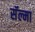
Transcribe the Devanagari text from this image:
सॅल्मा